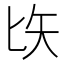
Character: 𠤑